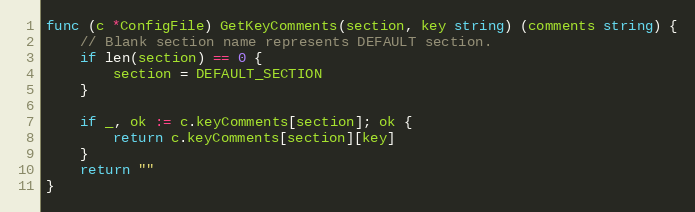
Language: Go
func (c *ConfigFile) GetKeyComments(section, key string) (comments string) {
	// Blank section name represents DEFAULT section.
	if len(section) == 0 {
		section = DEFAULT_SECTION
	}

	if _, ok := c.keyComments[section]; ok {
		return c.keyComments[section][key]
	}
	return ""
}